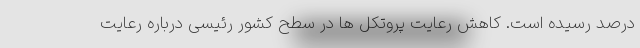
درصد رسیده است‌. کاهش رعایت پروتکل ها در سطح کشور رئیسی درباره رعایت